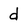
Character: d